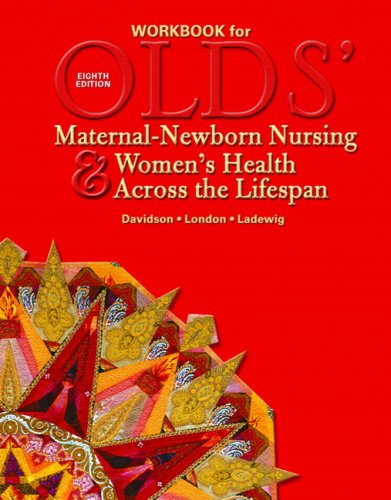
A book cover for Workbook for Olds' Maternal-Newborn Nursing & Women's Health Across the Lifespan; Marcia L. London; Medical Books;